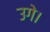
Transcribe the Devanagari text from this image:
उगे।